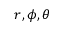
r , \phi , \theta